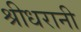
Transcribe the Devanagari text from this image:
श्रीधरानी